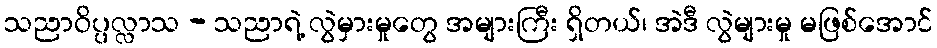
သညာဝိပ္ပလ္လာသ - သညာရဲ့ လွဲမှားမှုတွေ အများကြီး ရှိတယ်၊ အဲဒီ လွဲများမှု မဖြစ်အောင်